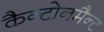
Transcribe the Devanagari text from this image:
कैन्टोनमैन्ट